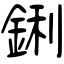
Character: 鋓